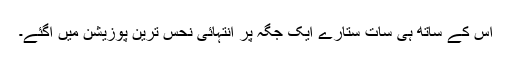
اس کے ساتھ ہی سات ستارے ایک جگہ پر انتہائی نحس ترین پوزیشن میں آگئے۔